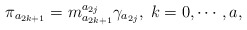
\begin{align*}\pi _{a_{2k+1}}=m_{a_{2k+1}}^{a_{2j}}\gamma _{a_{2j}},\;k=0,\cdots ,a,\end{align*}